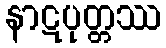
နာဋပုတ္တဿ